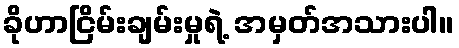
ခိုဟာငြိမ်းချမ်းမှုရဲ့ အမှတ်အသားပါ။